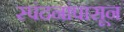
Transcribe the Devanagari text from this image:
स्पंदनांपासून